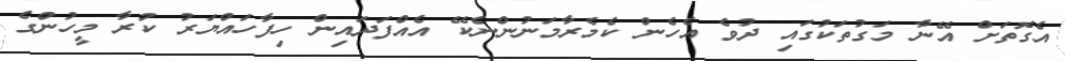
އެގޮތަށް އޭނާ މަގުތަކުގައި ދުވެ އެހެން ކެމެރާމަނުންނެކޭ އެއްފަދައިން ހިފާހައްޔަރު ކުރާ މީހުންގެ